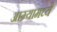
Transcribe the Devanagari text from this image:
आग्र्यामध्ये